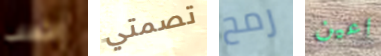
الثعلب تصمتي رمح اعين